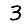
Digit: 3